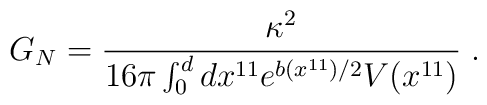
G_N = \frac{\kappa^2}{16\pi \int_0^d dx^{11} e^{b(x^{11})/2}   V(x^{11})}  \; .